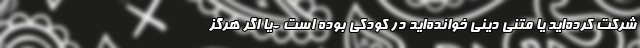
شرکت کرده‌اید یا متنی دینی خوانده‌اید در کودکی بوده است -یا اگر هرگز